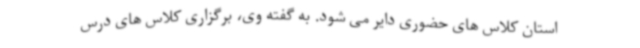
استان کلاس های حضوری دایر می شود. به گفته وی، برگزاری کلاس های درس